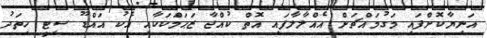
އަނިޔާކޮށްފައި މަގުމައްޗަށް އެއްލާލާފައި އޮތް ކުއްޖާ ޒަޙަމްަކަކާއި އެކު އައްޑޫ ސިޓީ ހިތަދު